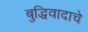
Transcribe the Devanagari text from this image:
बुद्धिवादाचे